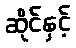
ဆိုင်နှင့်